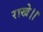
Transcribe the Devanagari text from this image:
राखे।।